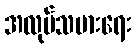
အလုပ်သမားရေး